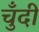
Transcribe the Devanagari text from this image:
चुँदी